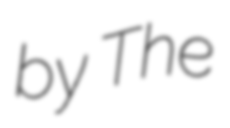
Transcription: by The